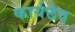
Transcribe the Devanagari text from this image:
कार्यछेत्र